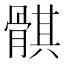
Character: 𱅱